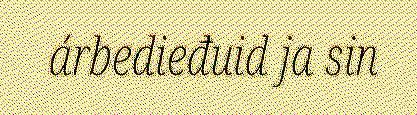
árbedieđuid ja sin